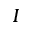
I